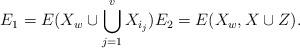
LaTeX: \begin{align*}E_1=E(X_w\cup \bigcup_{j=1}^v X_{i_j}) E_2=E(X_w, X\cup Z).\end{align*}